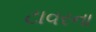
ટાવરના